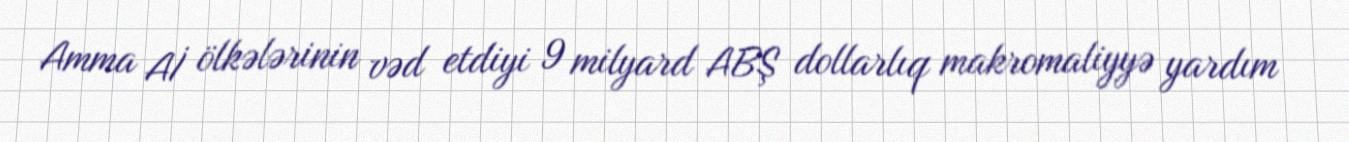
Amma Aİ ölkələrinin vəd etdiyi 9 milyard ABŞ dollarlıq makromaliyyə yardım